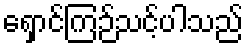
ရှောင်ကြဉ်သင့်ပါသည်